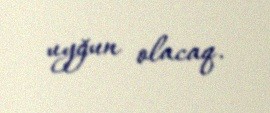
uyğun olacaq.